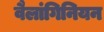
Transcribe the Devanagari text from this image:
वैलांगिनियन